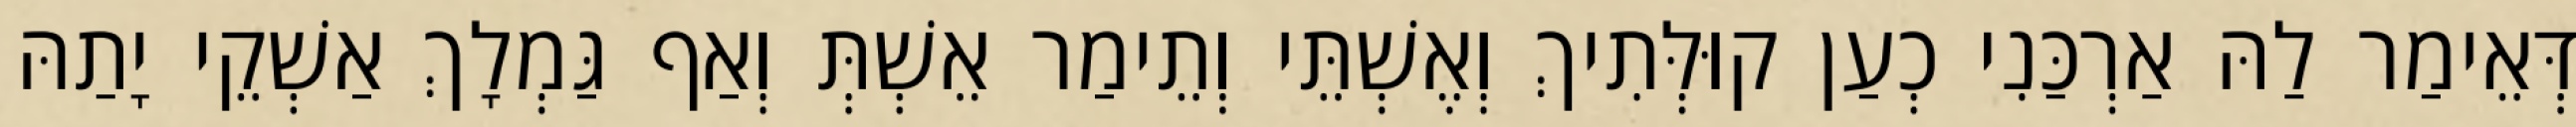
דְּאֵימַר לַהּ אַרְכַּנִי כְעַן קוּלְּתִיךְ וְאֶשְׁתֵּי וְתֵימַר אֵשְׁתְּ וְאַף גַּמְלָךְ אַשְׁקֵי יָתַהּ